Civil Veterinary Department Bengal reports 1933-51 - 1933-1951
Year: 1933
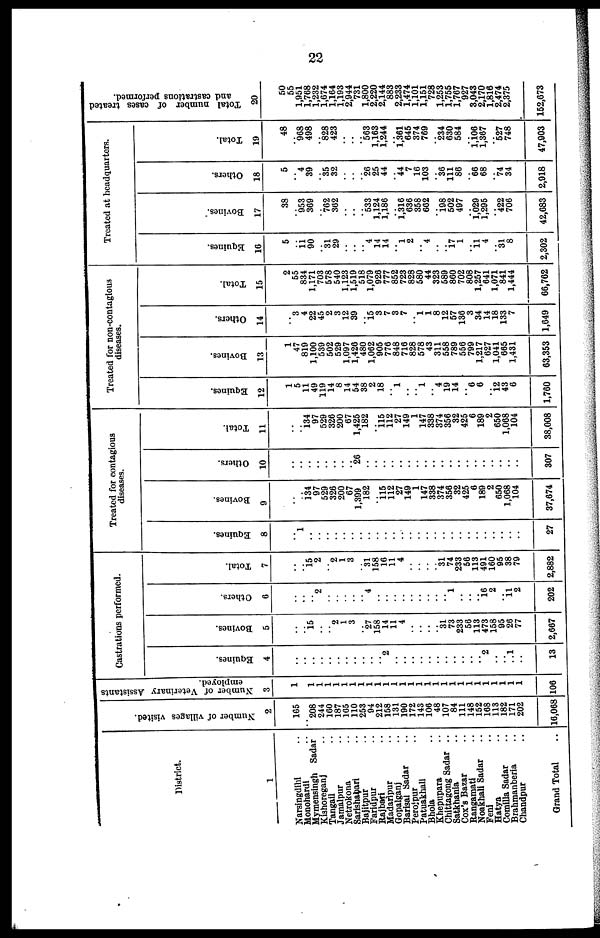
22
District.
1
Narsingdihi ..
Monohardi ..
Mymensingh Sadar
Kishoreganj ..
Tangail ..
Jamalpur ..
Netrokona ..
Sarishabari ..
Bajitpur ..
Faridpur ..
Rajbari ..
Madaripur ..
Gopalganj ..
Barisal Sadar ..
Perojpur ..
Patuakhali
Bhola ..
Khepupara ..
Chittagong Sadar ..
Satkhania ..
Cox's Bazar
Rangamati ..
Noakhali Sadar ..
Feni ..
Hatya ..
Comilla Sadar ..
Brahmanberia ..
Chandpur ..
Grand Total
Number of villages visited.
2
165
.. 208
244
160
187
165
110
253
94
212
158
131
190
172
143
106
48
107
84
111
148
152
168
113
182
171
202
16,068
Number of Veterinary Assistants
employed.
3
1
1
1
1
1
1
1
1
1
1
1
1
1
1
1
1
1
1
1
1
1
1
1
1
1
1
1
106
Castrations performed.
Equines.
4
..
..
..
..
..
..
..
..
..
..
.. 2
..
..
..
..
..
..
..
..
..
..
.. 2
..
.. .. 1
..
13
Bovines.
5
..
.. 15
..
.. 2
1
3
.. 27
158
14
11
4
..
..
..
.. 31
73
233
56
113
473
158
95
26
77
2,667
Others.
6
..
..
.. 2
..
..
..
..
.. 4
..
..
..
..
..
..
..
..
.. 1
..
..
.. 16 2
.. 11
2
202
Total.
7
..
.. 15 2
.. 2
1
3
.. 31
158
16
11
4
..
..
..
.. 31
74
233
56
113
491
160
95
38
79
2,882
Treated for contagious
diseases.
Equines.
8
..
1
..
..
..
..
..
..
..
..
..
..
..
..
..
..
..
..
..
..
..
..
..
..
..
..
27
Bovines.
9
..
.. 134
97
529
326
200
67
1,399
182
.. 115
112
27
149
1
147
338
374
356
32
425
6
189
2
650
1,068
104
37,674
Others.
10
..
..
..
..
..
..
..
.. 26
..
..
..
..
..
..
..
..
..
..
..
..
..
..
..
..
..
307
Total.
11
..
.. 134
97
529
326
200
67
1,425
182
.. 115
112
27
149
1
147
338
374
356
32
425
6
189
2
650
1,068
104
38,008
Treated for non-contagious
diseases.
Equines.
12
1
5
11
49
119
14
8
14
54
38
2
18
.. 1
..
.. 1
.. 4
19
14
.. 6
6
.. 12
43
6
1,760
Bovines.
13
1
47
819
1,100
539
502
529
1,097
1,426
480
1,062
905
776
848
716
828
578
43
311
558
789
556
799
1,217
627
1,041
665
1,431
63,353
Others.
14
..
3
4
22
45
2
3
12
39
.. 15 3
7
3
7
.. 1
1
8
12
57
136
3
34
14
18
133
7
1,649
Total.
15
2
55
834
1,171
703
578
540
1,123
1,519
518
1,079
926
777
852
723
828
580
44
323
589
860
702
808
1,257
641
1,071
841
1,444
66,762
Treated at headquarters.
Equines.
16
5
.. 11
90
.. 31
29
..
..
.. 4
14
14
.. 1
2
.. 4
..
.. 17 1
.. 11 4
.. 31
8
2,302
Bovines.
17
38
.. 953
369
.. 762
362
..
..
.. 533
1,124
1,186
.. 1,316
636
358
662
.. 198 502
497
.. 1,029
1,295
.. 422
706
42,683
Others.
18
5
.. 4
39
.. 35
32
..
..
.. 26
25
44
.. 44
7
16
103
.. 36
111
86
.. 66
68
.. 74
34
2,918
Total.
19
48
.. 968
498
.. 828
423
..
..
.. 563
1,163
1,244
.. 1,361
645
374
769
.. 234
630
584
.. 1,106
1,367
.. 527
748
47,903
Total number of cases treated
and castrations performed.
20
50
55
1,951
1,768
1,232
1,674
1,164
1,193
2,944
731
1,800
2,220
2,144
883
2,233
1,474
1,101
1,151
728
1,253
1,755
1,767
927
3,043
2,170
1,816
2,474
2,375
152,673